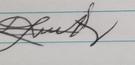
Signature authenticity: genuine